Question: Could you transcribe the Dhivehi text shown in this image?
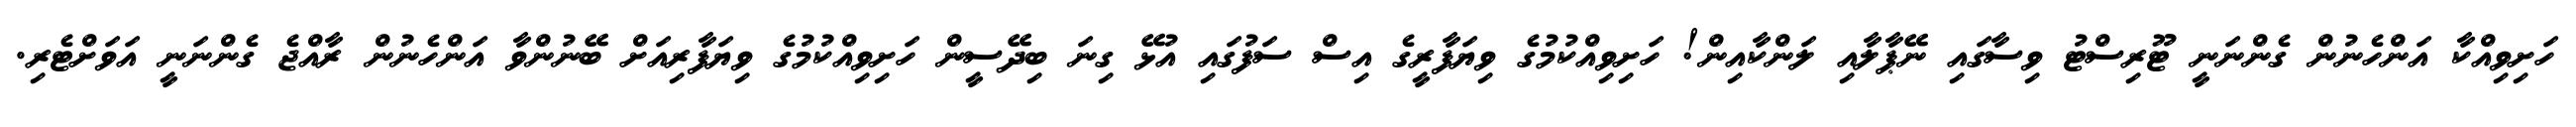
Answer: ހަށިވިއްކާ އަންހެނުން ގެންނަނީ ޓޫރިސްޓު ވިސާގައި ނޭޕާލާއި ލަންކާއިން! ހަށިވިއްކުމުގެ ވިޔަފާރީގެ އިސް ސަފުގައި އުޅޭ ގިނަ ބިދޭސީން ހަށިވިއްކުމުގެ ވިޔަފާރިއަށް ބޭނުންވާ އަންހެނުން ރާއްޖެ ގެންނަނީ އަވަށްޓެރި.